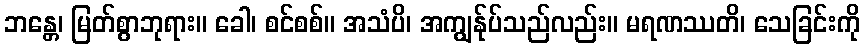
ဘန္တေ၊ မြတ်စွာဘုရား။ ခေါ၊ စင်စစ်။ အသံပိ၊ အကျွန်ုပ်သည်လည်း။ မရဏဿတိ၊ သေခြင်းကို